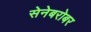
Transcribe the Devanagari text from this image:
सेनेबरोबर